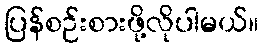
ပြန်စဉ်းစားဖို့လိုပါမယ်။